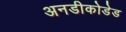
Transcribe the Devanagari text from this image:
अनडीकोडेड